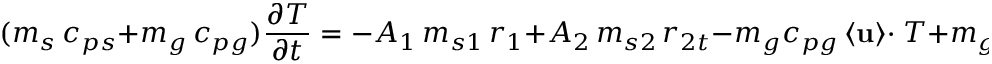
( m _ { s } \, c _ { p s } + m _ { g } \, c _ { p g } ) \frac { \partial T } { \partial t } = - A _ { 1 } \, m _ { s 1 } \, r _ { 1 } + A _ { 2 } \, m _ { s 2 } \, r _ { 2 t } - m _ { g } c _ { p g } \left< \mathbf { u } \right> \cdot \mathbf { \nabla } T + m _ { g } c _ { p g } \nabla \cdot \left( \mathbf { D _ { \mathrm { e f f } } } \cdot \nabla T \right) - \frac { U } { H } ( T - T _ { a } ) .